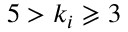
5 > k _ { i } \geqslant 3